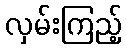
လှမ်းကြည့်